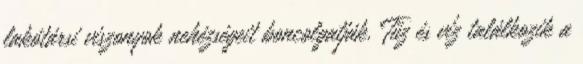
lakótársi viszonyok nehézségeit boncolgatják. Tűz és víz találkozik a